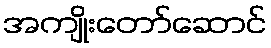
အကျိုးတော်ဆောင်